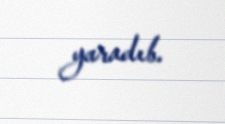
yaradıb.